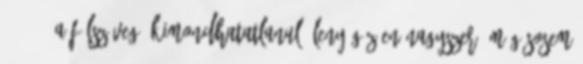
6 6 2. A fülszöveg. Kimondhatatlanul, lenyűgözően nagyszerű Még sosem